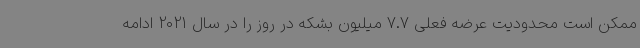
ممکن است محدودیت عرضه فعلی 7.7 میلیون بشکه در روز را در سال 2021 ادامه